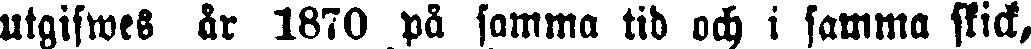
utgifwes år 1870 på samma tid och i samma skick,